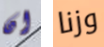
ان وزنا